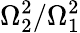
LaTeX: \Omega_{2}^{2}/\Omega_{1}^{2}